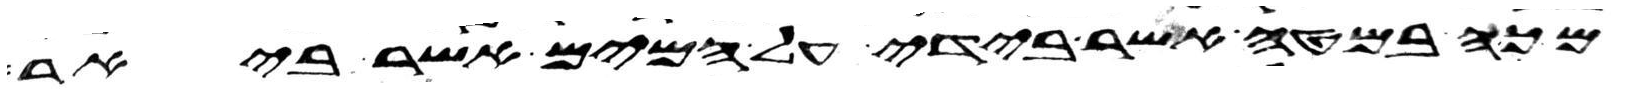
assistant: מכה במטה אשר בידי על המים אשר ביאר